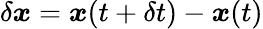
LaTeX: \delta\boldsymbol{x}=\boldsymbol{x}(t+\delta t)-\boldsymbol{x}(t)